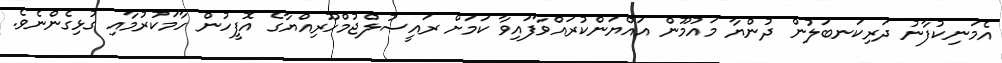
އެމަނިކުފާނު ދަރިކަނބަލުން ދުންޔާ މައުމޫން އައްޔަންކުރައްވާފައިވާ ކަމަށް ރައީސުލްޖުމްހޫރިއްޔާގެ އޮފީހުން ހާމަކުރުމާއި ގުޅިގެންނެވެ.